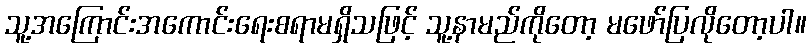
သူ့အကြောင်းအကောင်းရေးစရာမရှိသဖြင့် သူ့နာမည်ကိုတော့ မဖော်ပြလိုတော့ပါ။